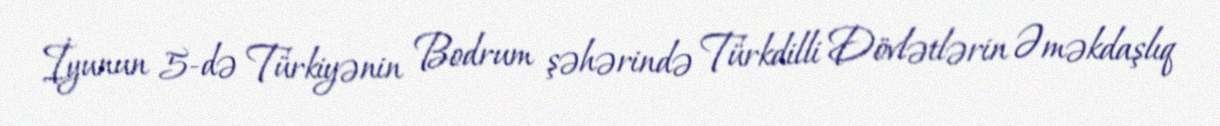
İyunun 5-də Türkiyənin Bodrum şəhərində Türkdilli Dövlətlərin Əməkdaşlıq